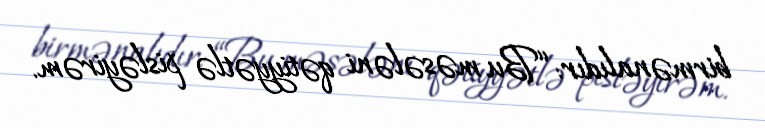
birmənalıdır: “Bu məsələni qətiyyətlə pisləyirəm.